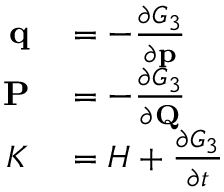
\begin{array} { r l } { \mathbf { q } } & { { } = - { \frac { \partial G _ { 3 } } { \partial \mathbf { p } } } } \\ { \mathbf { P } } & { { } = - { \frac { \partial G _ { 3 } } { \partial \mathbf { Q } } } } \\ { K } & { { } = H + { \frac { \partial G _ { 3 } } { \partial t } } } \end{array}